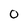
Character: O